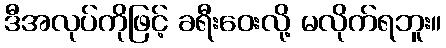
ဒီအလုပ်ကိုဖြင့် ခရီးဝေးလို့ မလိုက်ရဘူး။